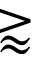
\gtrapprox